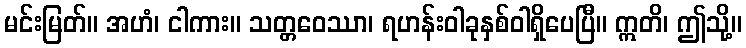
မင်းမြတ်။ အဟံ၊ ငါကား။ သတ္တဝေဿာ၊ ရဟန်းဝါခုနှစ်ဝါရှိပေပြီ။ ဣတိ၊ ဤသို့။